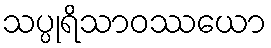
သပ္ပုရိသာဝဿယော